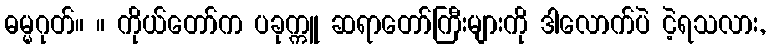
ဓမ္မဂုတ်။ ။ ကိုယ်တော်က ပခုက္ကူ ဆရာတော်ကြီးများကို ဒါလောက်ပဲ ငဲ့ရသလား,